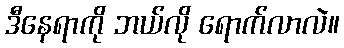
ဒီနေရာကို ဘယ်လို ရောက်လာလဲ။